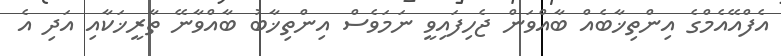
އެފްއޭއެމްގެ އިންތިޚާބެއް ބާއްވަން ޖެހިފައިވީ ނަމަވެސް އިންތިޚާބު ބާއްވާނޭ ތާރީޚަކާއި އަދި އެ